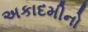
અકાદમીનો